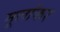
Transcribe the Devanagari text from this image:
मूलांकर